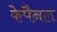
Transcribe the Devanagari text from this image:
केपैनल